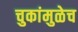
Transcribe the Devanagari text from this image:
चुकांमुळेच